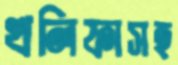
খলিফাসহ